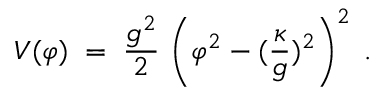
V ( \varphi ) \; = \; \frac { g ^ { 2 } } { 2 } \, \left( \varphi ^ { 2 } - ( \frac { \kappa } { g } ) ^ { 2 } \right) ^ { 2 } \; .